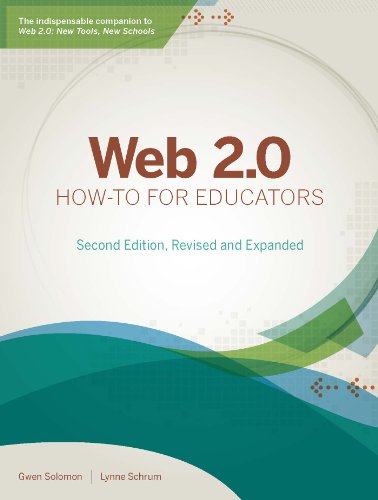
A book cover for Web 2.0 How-to for Educators, Second Edition; Gwen Solomon; Education & Teaching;